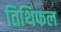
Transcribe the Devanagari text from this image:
तिथिफल